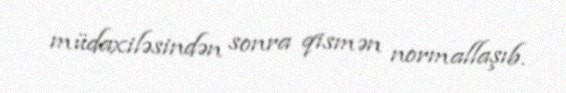
müdaxiləsindən sonra qismən normallaşıb.